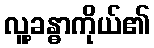
လူ့ခန္ဓာကိုယ်၏